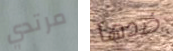
مرتدي ضدها